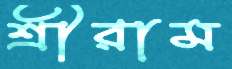
শ্রীরাম